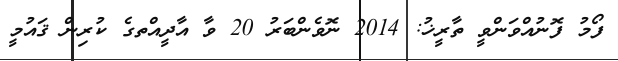
ފޯމު ފޮނުއްވަންވީ ތާރީޚު: 2014 ނޮވެންބަރު 20 ވާ އާދީއްތގެ ކުރިން ޤައުމީ